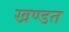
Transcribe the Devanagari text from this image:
खण्डत